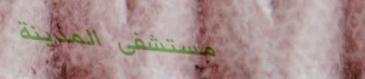
مستشفى المدينة